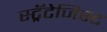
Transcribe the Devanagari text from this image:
स्ट्रॅटेजिस्ट